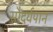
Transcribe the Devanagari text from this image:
सौंदर्यपान